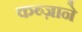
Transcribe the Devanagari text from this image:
कब्ज़ाने